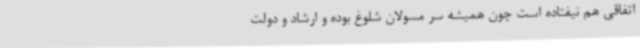
اتفاقی هم نیفتاده است چون همیشه سر مسولان شلوغ بوده و ارشاد و دولت